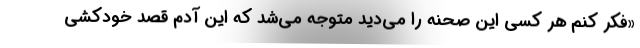
«فکر کنم هر کسی این صحنه را می‌دید متوجه می‌شد که این آدم قصد خودکشی